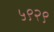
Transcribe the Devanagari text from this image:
५९२९